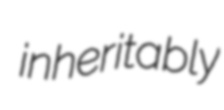
inheritably